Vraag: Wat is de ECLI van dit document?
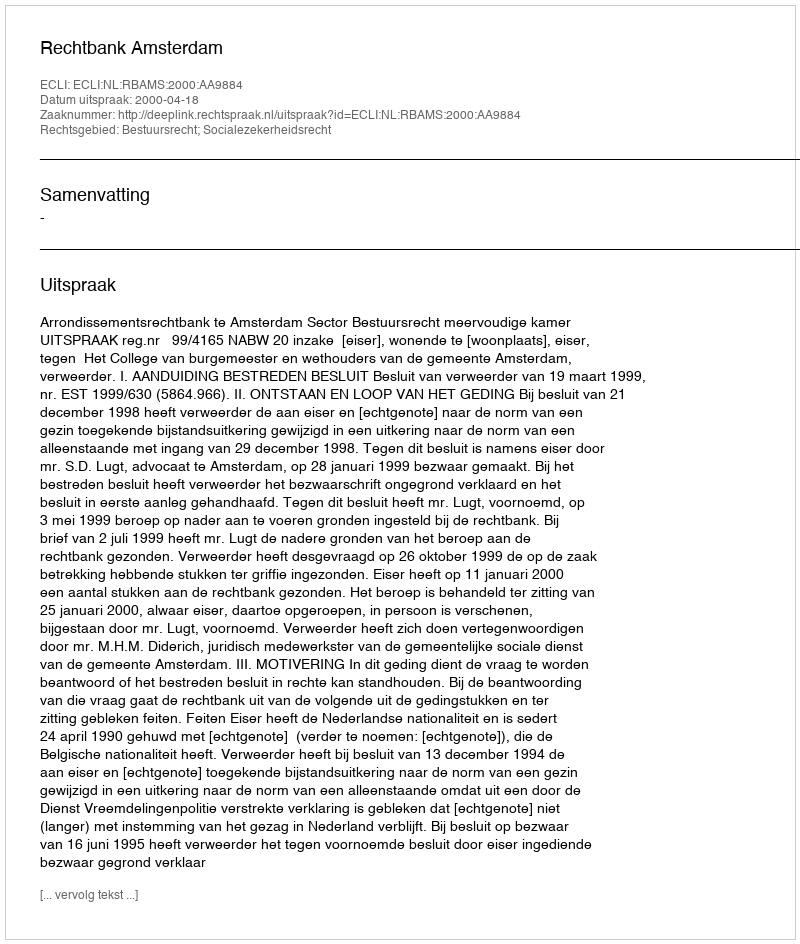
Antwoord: ECLI:NL:RBAMS:2000:AA9884